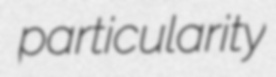
particularity